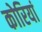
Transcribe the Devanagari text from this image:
कोरियां